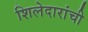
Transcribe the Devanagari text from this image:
शिलेदारांची